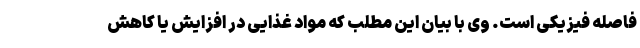
فاصله فیزیکی است. وی با بیان این مطلب که مواد غذایی در افزایش یا کاهش